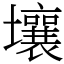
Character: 壤